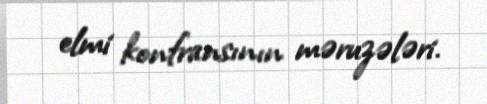
elmi konfransının məruzələri.